NAE_ERA_R-2362_Emakeele_Selts, lk 24
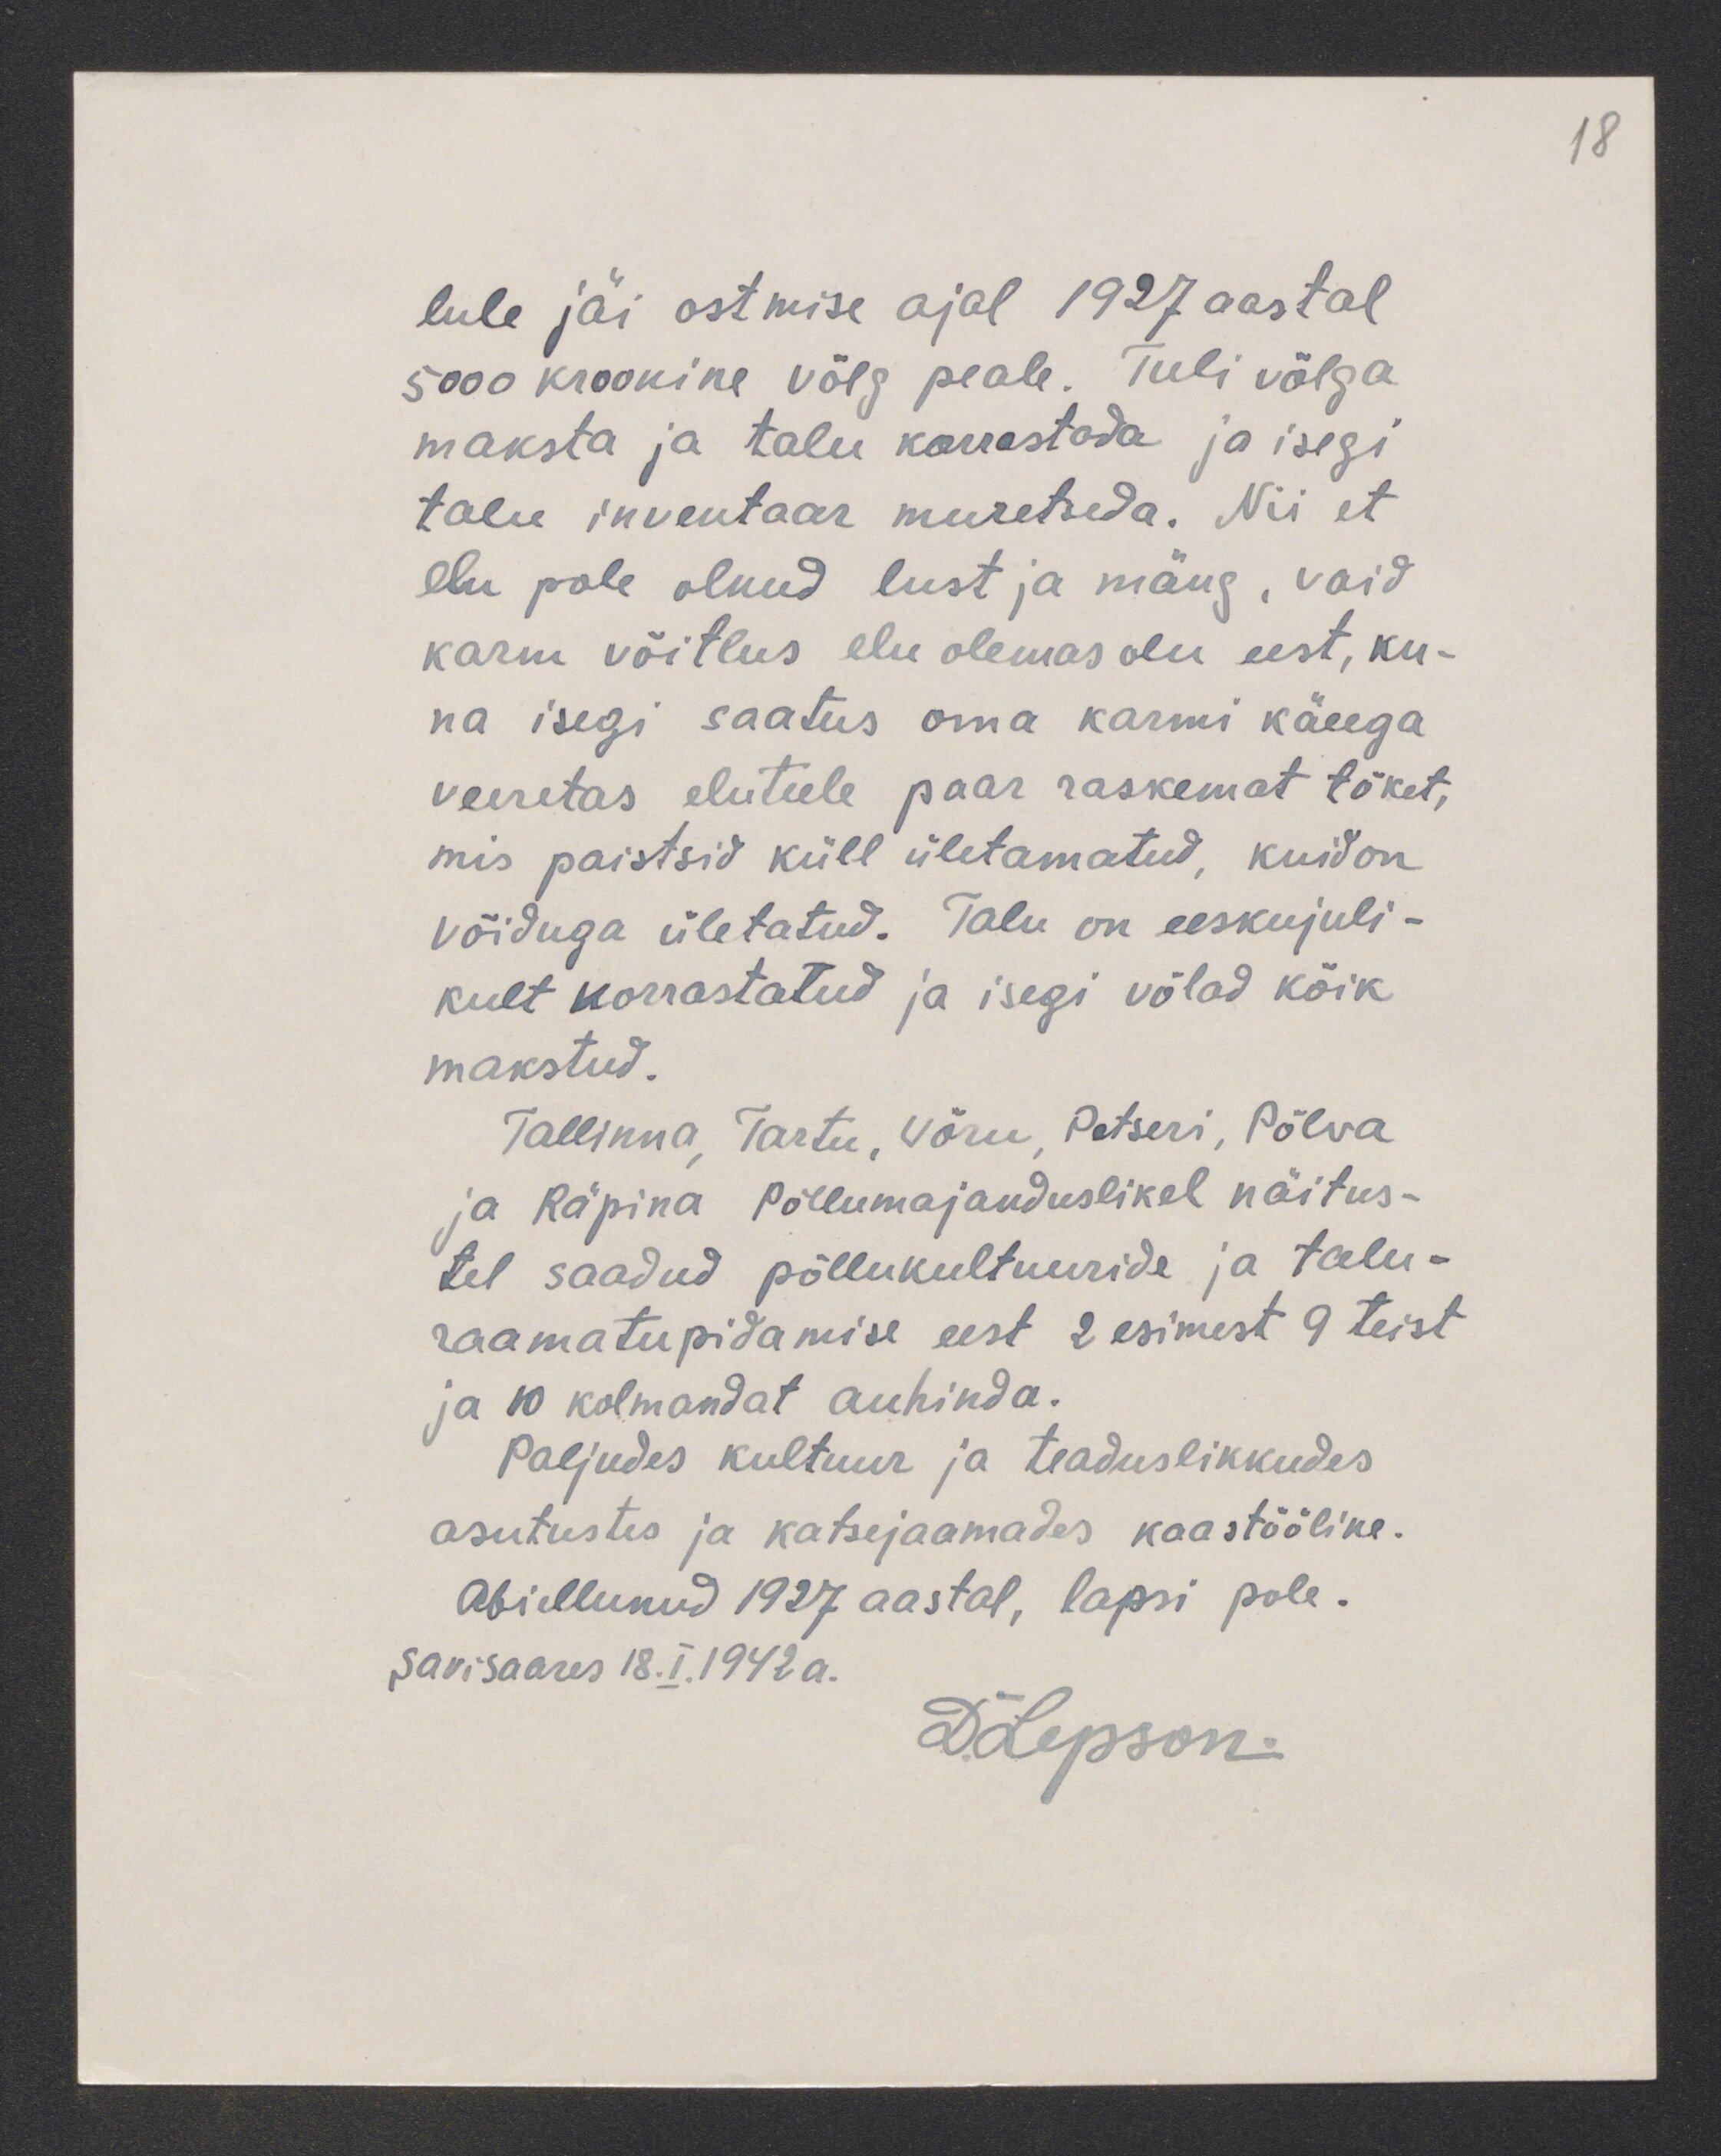
18

lule jäi ostmise ajal 1927 aastal.
5000 kroonine võlg peale. Tuli võlga
maksta ja talu korrastada ja isegi
talu inventaar muretseda. Nii et
elu pole olnud lust ja mäng, vaid
karm võitlus elu olemas olu eest, ku-
na isegi saatus oma karmi käeega
veeretas eluteele paar raskemat tõket,
mis paistsid küll ületamatud, kuid on
võiduga ületatud. Talu on eeskujuli-
kult korrastatud ja isegi võlad kõik
makstud.
Tallinna, Tartu, Võru Petseri, Põlva
ja Räpina Põllumajanduslikel näitus-
tel saadud põllukultuuride ja talu-
raamatupidamise eest 2 esimest 9 teist
ja 10 kolmandat auhinda.
Paljudes kultuur ja teaduslikkudes
asutustes ja katsejaamades kaastööline.
Abiellunud 1927 aastal, lapsi pole.
Savisaares 18.I.1942 a.
D. Lepson.